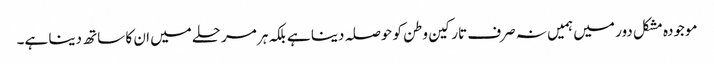
موجودہ مشکل دور میں ہمیں نہ صرف تارکین وطن کو حوصلہ دینا ہے بلکہ ہر مرحلے میں ان کا ساتھ دینا ہے۔